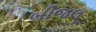
બીજલ